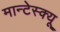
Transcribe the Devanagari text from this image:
मान्टेस्क्यू